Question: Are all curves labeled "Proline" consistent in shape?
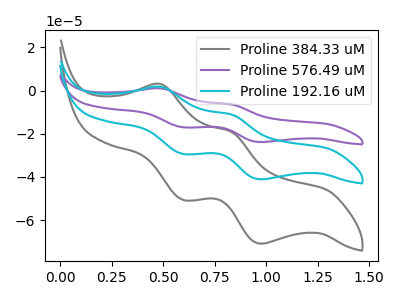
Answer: <think>The gray curve "Proline 384.33 uM" has anodic peaks at (0.50V, 3.00uA) (0.85V, -19.15uA) and cathodic peaks at (0.60V, -50.65uA) (1.00V, -70.90uA). The purple curve "Proline 576.49 uM" has anodic peaks at (0.50V, 3.50uA) (0.85V, -22.20uA) and cathodic peaks at (0.60V, -58.75uA) (1.00V, -82.20uA). The cyan curve "Proline 192.16 uM" has anodic peaks at (0.50V, 1.75uA) (0.85V, -11.10uA) and cathodic peaks at (0.60V, -29.40uA) (1.00V, -41.10uA).
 All the peaks in "Proline 384.33 uM" have a peak in "Proline 576.49 uM" at the same potential. All the peaks in "Proline 384.33 uM" have a peak in "Proline 192.16 uM" at the same potential. All the peaks in "Proline 576.49 uM" have a peak in "Proline 192.16 uM" at the same potential.</think>
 <answer>All the CV's of "Proline" have similar shape.</answer>
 <eval>follow_rule</eval>